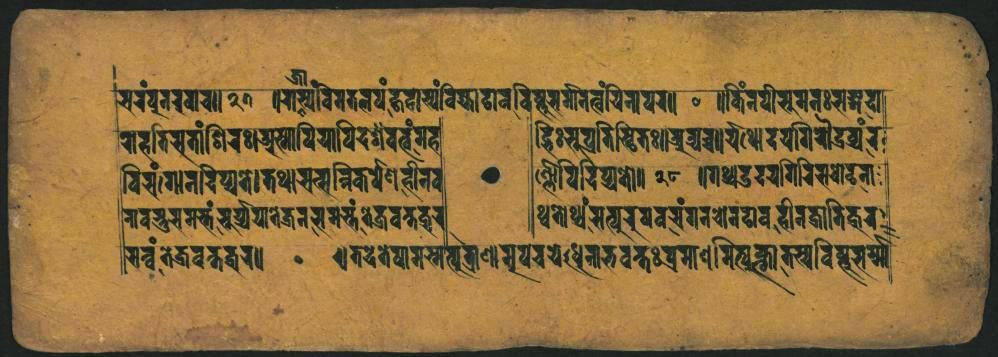
𑐔𑐬𑑄𑐧𑐸𑐣𑐬𑐰𑐵𑐔𑐵𑐨𑐹𑐟𑐎𑐳𑑂𑐳𑑂𑐰𑐰𑐶𑐟𑐟𑐮𑐥𑑄𑐎𑐰𑐵𑐩𑑂𑐫𑑄𑐰𑐶𑐖𑑂𑐫𑐵𑐡𑐵𑐰𑐰𑐶𑐲𑑂𑐚𑐸𑐐𑐟𑐷𑐣𑐟𑑂𑐰𑑄𑐫𑐶𑐣𑐵𑐥𑐐𑐵 𑐬𑐵𑐴𑐟𑐶𑐳𑐟𑐵𑑄𑐱𑐶𑐬𑑅𑑋𑐀𑐳𑑂𑐫𑐵𑐥𑐶𑐫𑐵𑐥𑐶𑐡𑐱𑐰𑑂𑐟𑑄𑐩𑐴 𑐰𑐶𑐔𑑄𑐐𑐵𑑀𑐣𑐡𑐶𑐥𑑂𑐫𑐟𑐾𑑋𑐟𑐠𑐵𑐫𑐟𑑂𑐳𑐣𑑂𑐣𑐶𑐎𑐥𑐾𑐞𑐴𑐷𑐣𑐰 𑐐𑐰𑐣𑑂𑐨𑐸𑐳𑐩𑑂𑐨𑑄𑐔𑐬𑑂𑐫𑐵𑐣𑐟𑐾𑐖𑐣𑐳𑐩𑑂𑐬𑑄𑑋𑐎𑑂𑐬𑐰𑐎𑑂𑐟𑐡𑑂𑐸𑐬 𑐳𑑂𑐰𑑄𑐟𑑂𑐬𑐰𑐎𑑂𑐟𑐨𑐬𑑌